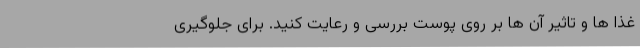
غذا ها و تاثیر آن ها بر روی پوست بررسی و رعایت کنید. برای جلوگیری